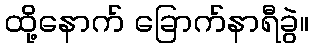
ထို့နောက် ခြောက်နာရီခွဲ။